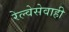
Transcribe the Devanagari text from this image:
रेल्वेसेवाही